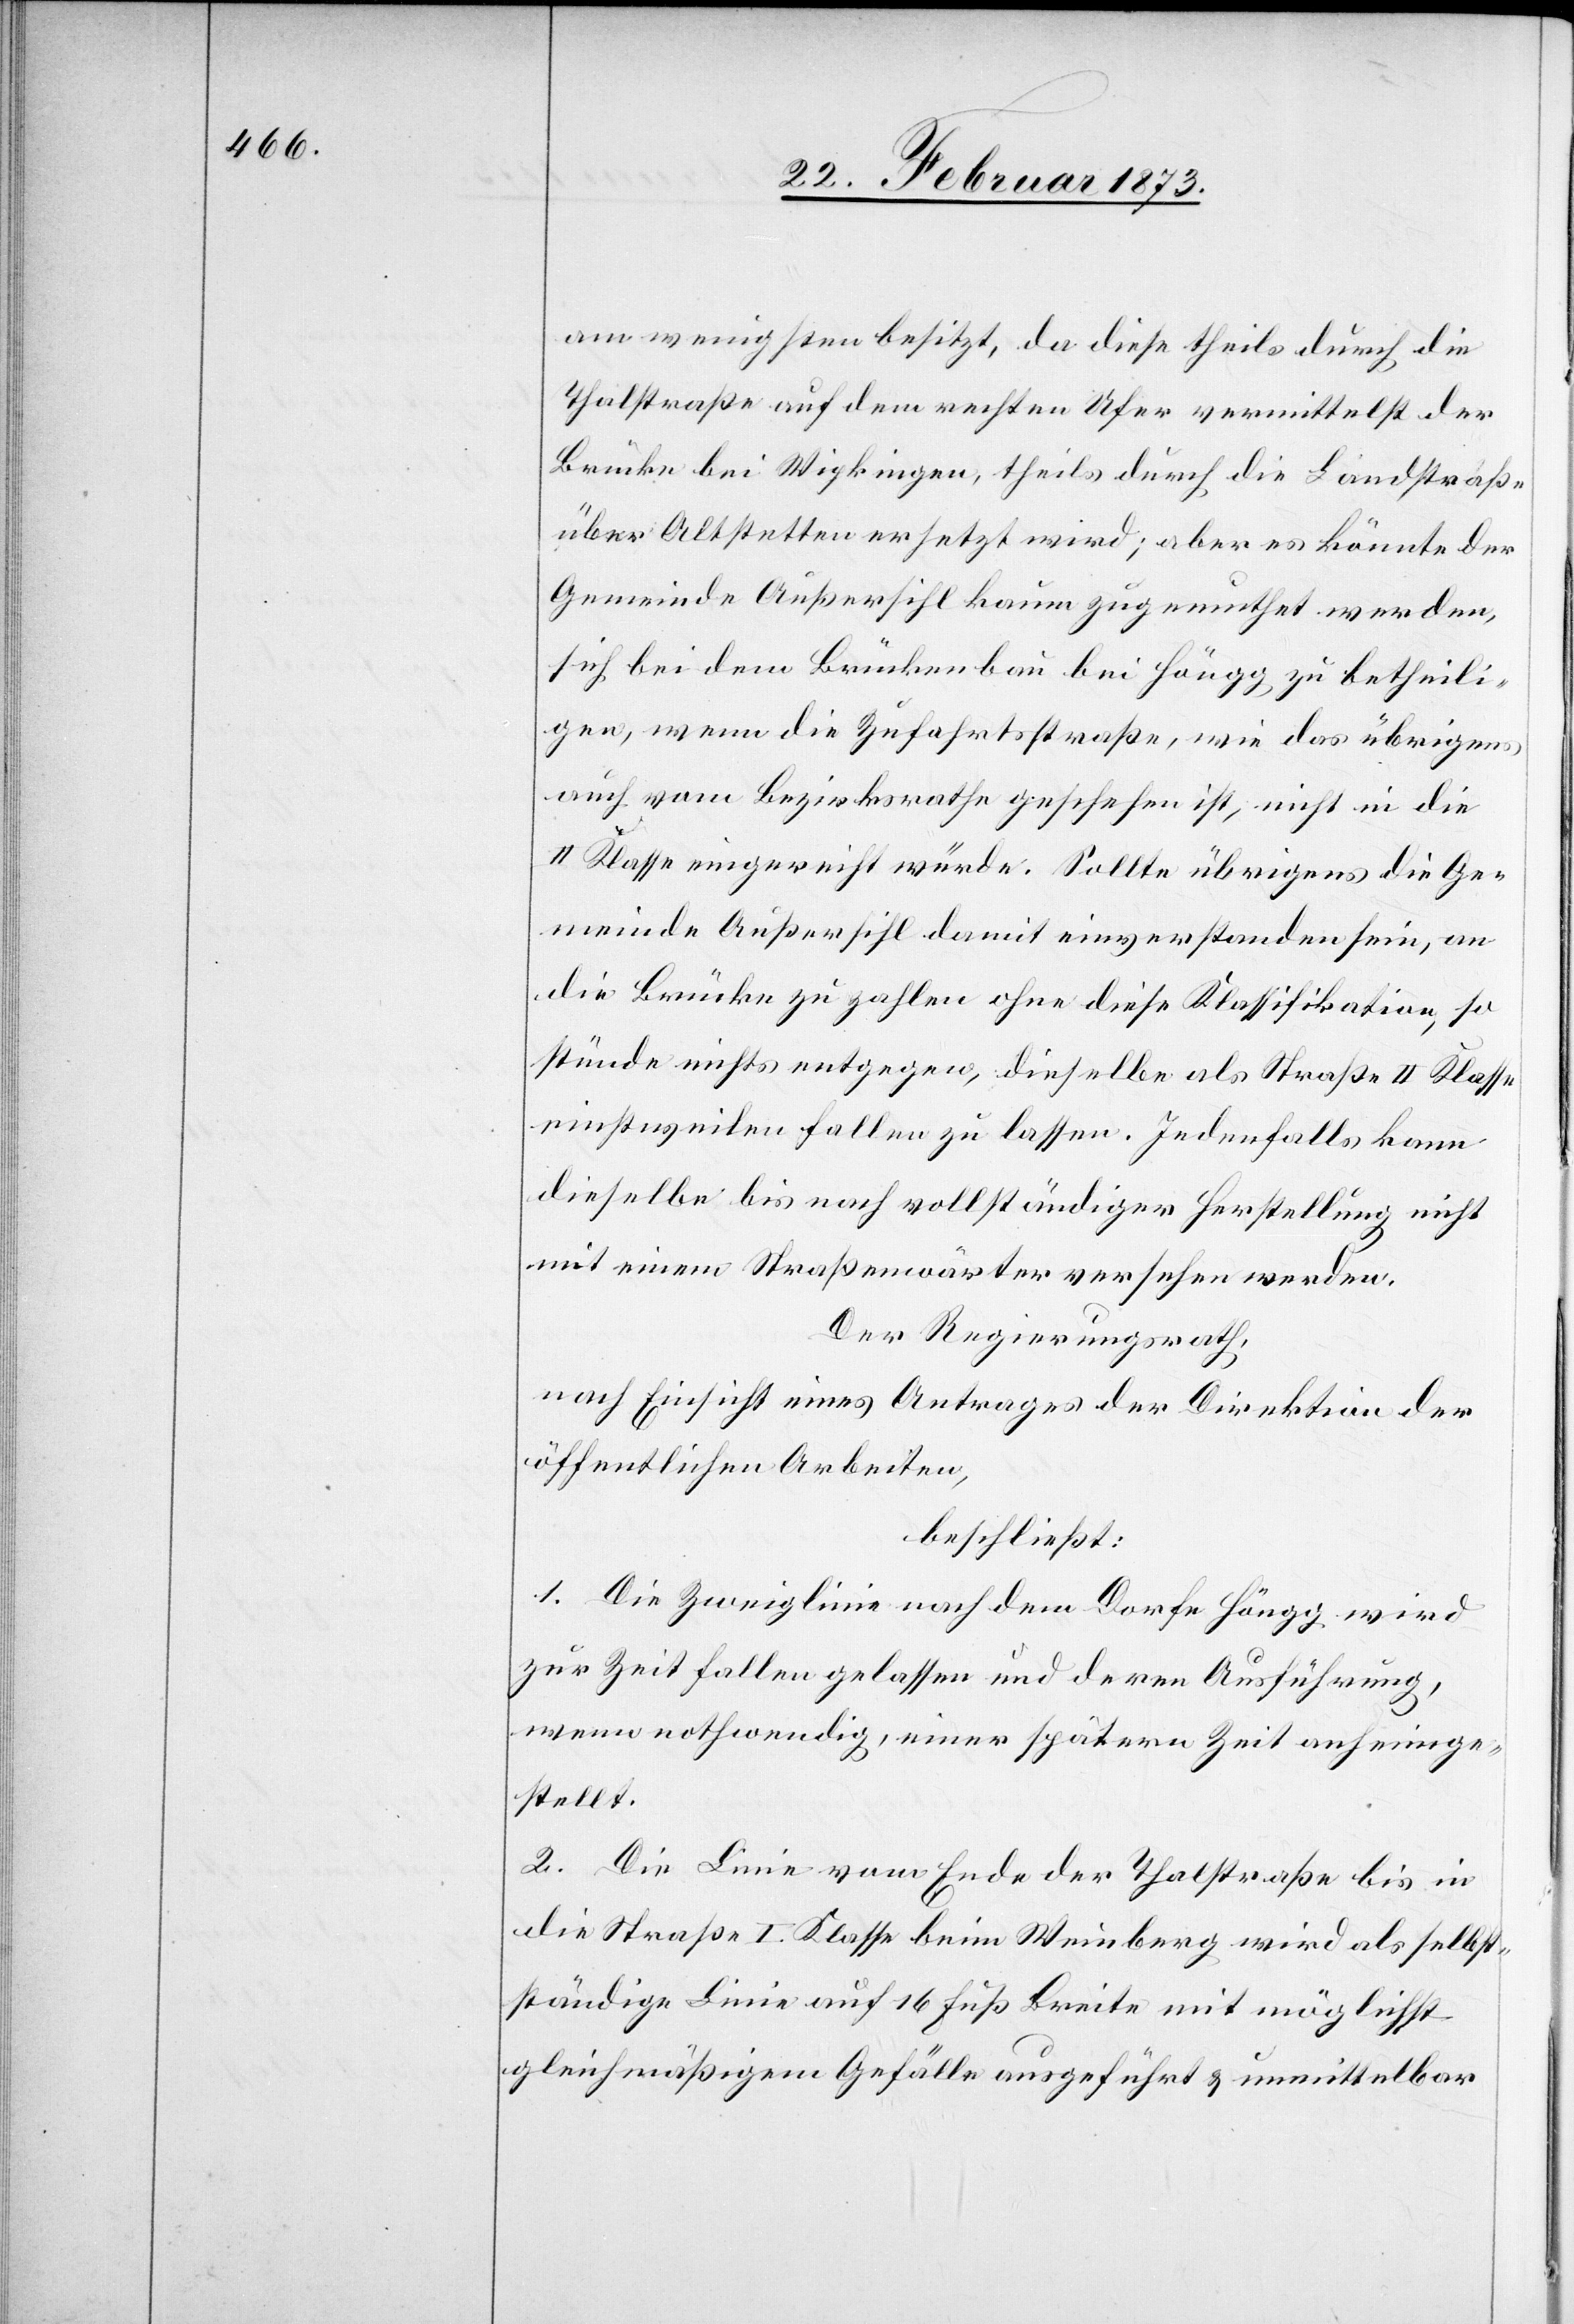
am wenigsten besitzt, da diese theils durch die
Thalstraße auf dem rechten Ufer vermittelst der
Brücke bei Wipkingen, theils durch die Landstraße
über Altstetten ersetzt wird; aber es könnte der
Gemeinde Außersihl kaum zugemuthet werden,
sich bei dem Brückenbau bei Höngg zu betheili¬
gen, wenn die Zufahrtsstraße, wie das übrigens
auch vom Bezirksrathe geschehen ist, nicht in die
II Klasse eingereicht würde. Sollte übrigens die Ge¬
meinde Außersihl damit einverstanden sein, an
die Brücke zu zahlen ohne diese Klassifikation, so
stünde nichts entgegen, dieselbe als Straße II Klasse
einstweilen fallen zu lassen. Jedenfalls kann
dieselbe bis nach vollständiger Herstellung nicht
mit einem Straßenwärter versehen werden.
Der Regierungsrath,
nach Einsicht eines Antrages der Direktion der
öffentlichen Arbeiten,
beschließt:
1. Die Zweiglinie nach dem Dorfe Höngg wird
zur Zeit fallen gelassen und deren Ausführung,
wenn nothwendig, einer spätern Zeit anheimge¬
stellt.
2. Die Linie vom Ende der Thalstraße bis in
die Straße I. Klasse beim Weinberg wird als selbst¬
ständige Linie auf 16 Fuß Breite mit möglichst
gleichmäßigem Gefälle ausgeführt u. unmittelbar